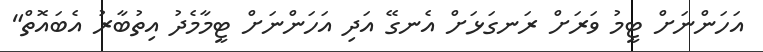
އަހަންނަށް ޓީމު ވަރަށް ރަނގަޅަށް އެނގޭ އަދި އަހަންނަށް ޓީމާމެދު އިތުބާރު އެބައޮތް"